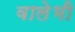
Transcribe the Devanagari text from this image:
वालेभी